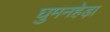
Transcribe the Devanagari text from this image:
घुमनहेड़ा